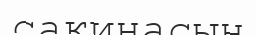
сақинасын